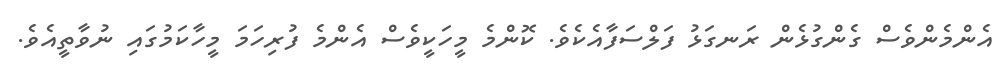
އެންމެންވެސް ގެންގުޅެން ރަނގަޅު ފަލްސަފާއެކެވެ. ކޮންމެ މީހަކީވެސް އެންމެ ފުރިހަމަ މީހާކަމުގައި ނުވާތީއެވެ.